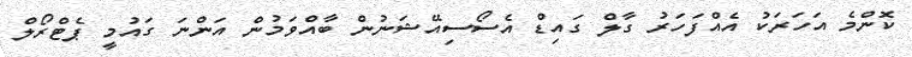
ކޮންމެ އަހަރަކު އެއްފަހަރު ގާލް ގައިޑް އެސޯސިއޭޝަނުން ބާއްވަމުން އަންނަ ގައުމީ ޕެޓްރޯލް